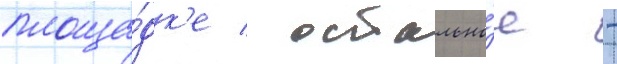
площа́дк'е / остально́е -